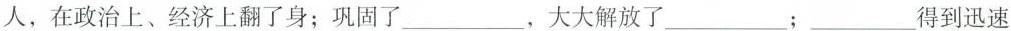
人，在政治上、经济上翻了身；巩固了___，大大解放了___；___得到迅速